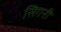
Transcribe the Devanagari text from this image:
सिगनी